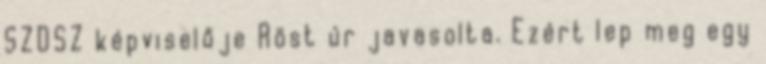
SZDSZ képviselője Röst úr javasolta. Ezért lep meg egy